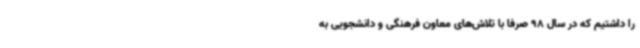
را داشتیم که در سال 98 صرفا با تلاش‌های معاون فرهنگی و دانشجویی به